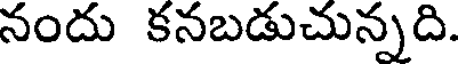
నందు కనబడుచున్నది.